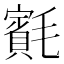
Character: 𣰨